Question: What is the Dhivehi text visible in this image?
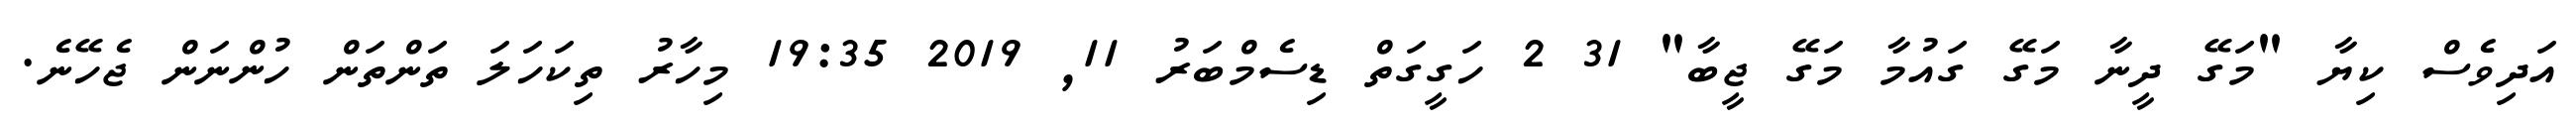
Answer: އަދިވެސް ކިޔާ "މަގޭ ދީނާ މަގޭ ގައުމާ މަގޭ ޖީބާ" 31 2 ހަގީގަތް ޑިސެމްބަރު 11, 2019 19:35 މިހާރު ތިކަހަލަ ތަންތަން ހުންނަން ޖެހޭނެ.